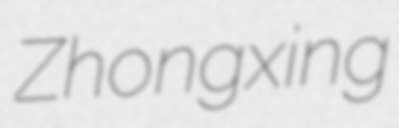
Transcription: Zhongxing